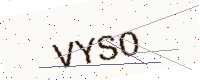
Text: VYSO